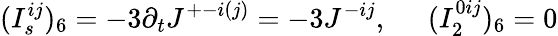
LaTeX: (I_{s}^{ij})_{6}=-3\partial_{t}J^{+-i(j)}=-3J^{-ij},\; \; \; \; \; (I_{2}^{0ij})_{6}=0